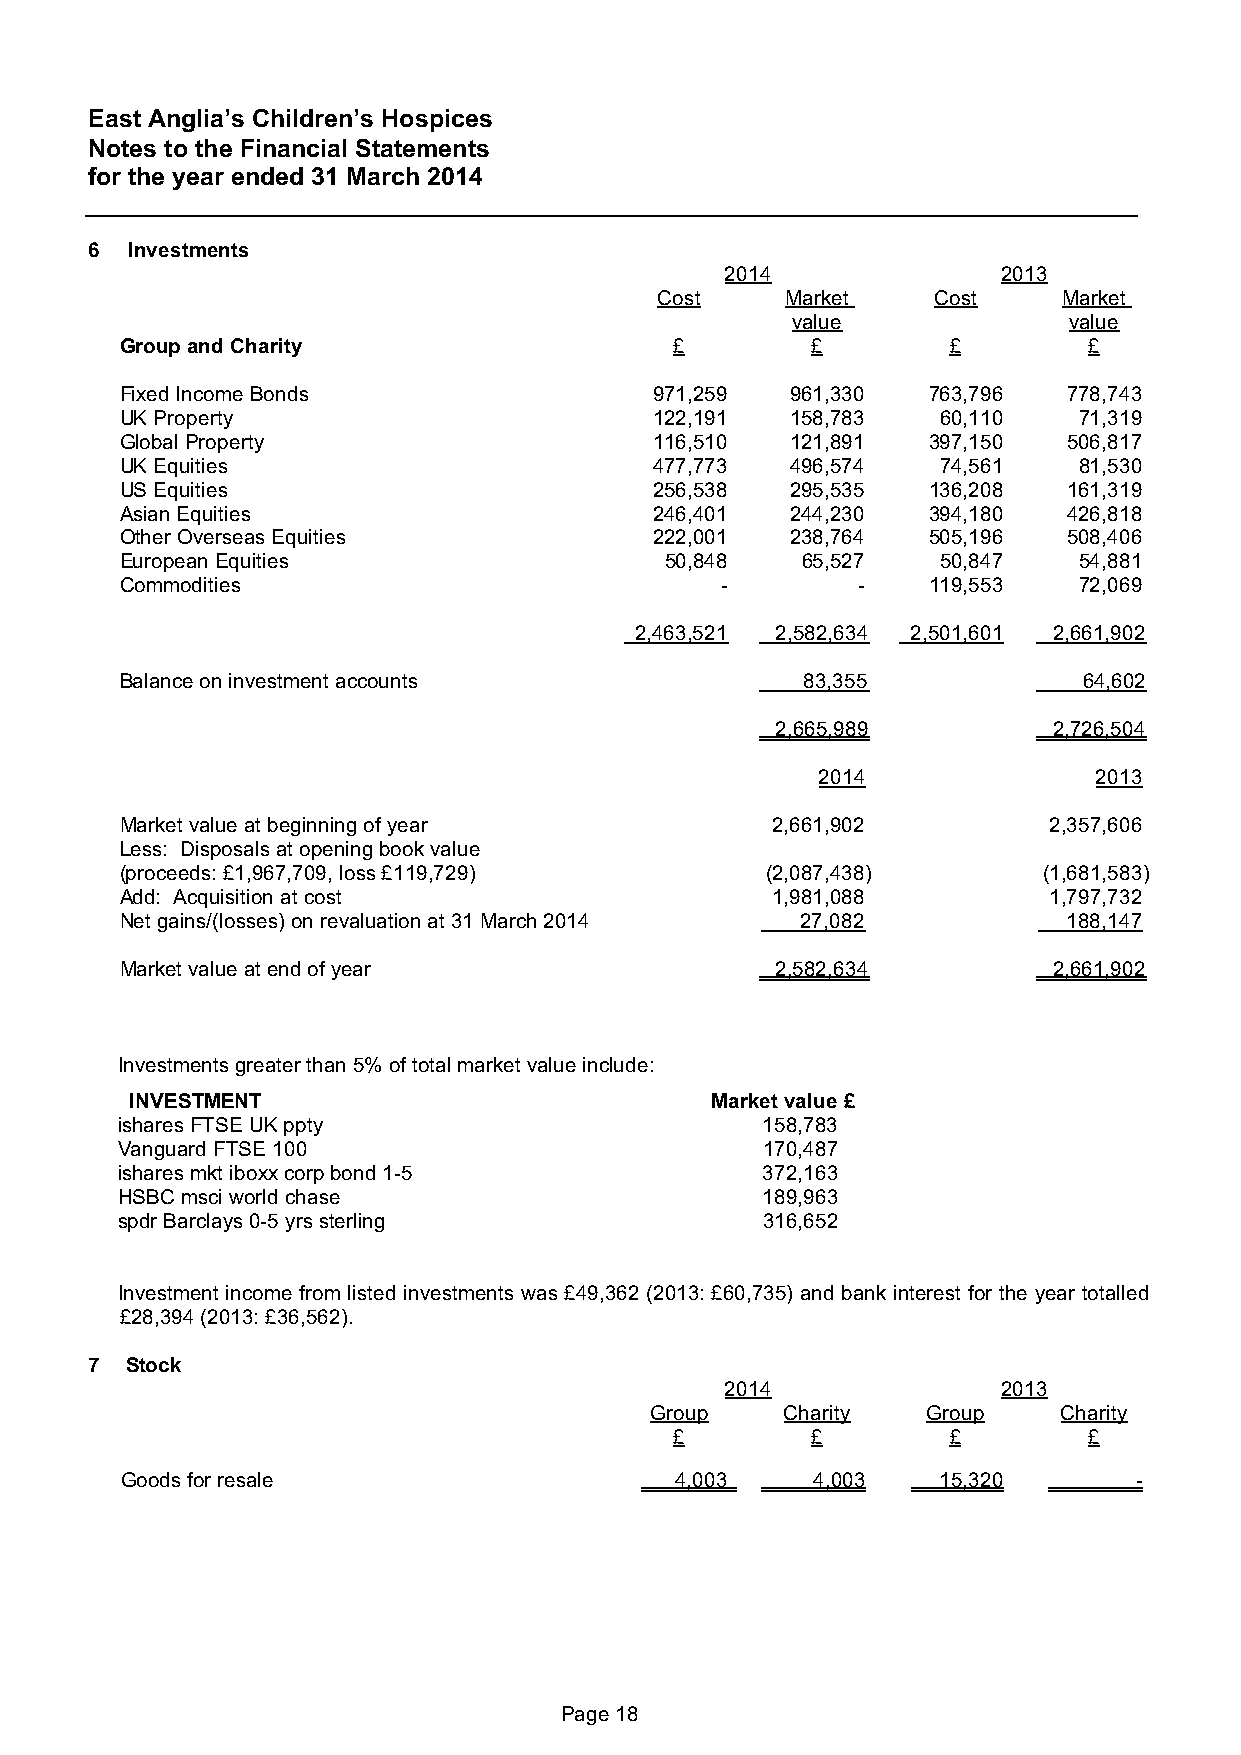
East Anglia’s Children’s Hospices
 Notes to the Financial Statements
 for the year ended 31 March 2014
 6  Investments
 2014              2013
 Cost    Market    Cost    Market
 value              value
 Group and Charity                    £        £        £        £
 Fixed Income Bonds                 971,259  961,330  763,796   778,743
 UK Property                        122,191  158,783   60,110   71,319
 Global Property                    116,510  121,891  397,150   506,817
 UK Equities                        477,773  496,574   74,561   81,530
 US Equities                        256,538  295,535  136,208   161,319
 Asian Equities                     246,401  244,230  394,180   426,818
 Other Overseas Equities            222,001  238,764  505,196   508,406
 European Equities                   50,848   65,527   50,847   54,881
 Commodities                             -        -   119,553   72,069
 2,463,521 2,582,634 2,501,601 2,661,902
 Balance on investment accounts               83,355             64,602
 2,665,989          2,726,504
 2014               2013
 Market value at beginning of year          2,661,902         2,357,606
 Less: Disposals at opening book value
 (proceeds: £1,967,709, loss £119,729)      (2,087,438)       (1,681,583)
 Add: Acquisition at cost                   1,981,088         1,797,732
 Net gains/(losses) on revaluation at 31 March 2014 27,082      188,147
 Market value at end of year                2,582,634          2,661,902
 Investments greater than 5% of total market value include:
 INVESTMENT                            Market value £
 ishares FTSE UK ppty                       158,783
 Vanguard FTSE 100                          170,487
 ishares mkt iboxx corp bond 1-5            372,163
 HSBC msci world chase                      189,963
 spdr Barclays 0-5 yrs sterling             316,652
 Investment income from listed investments was £49,362 (2013: £60,735) and bank interest for the year totalled
 £28,394 (2013: £36,562).
 7 Stock
 2014              2013
 Group    Charity  Group    Charity
 £        £        £        £
 Goods for resale                     4,003    4,003   15,320       -
 Page 18